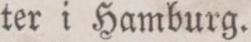
ter i Hamburg.